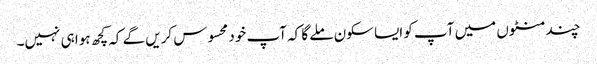
چند منٹوں میں آپ کو ایسا سکون ملے گا کہ آپ خود محسوس کریں گے کہ کچھ ہوا ہی نہیں۔